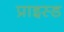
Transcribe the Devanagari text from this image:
प्राइस्ड